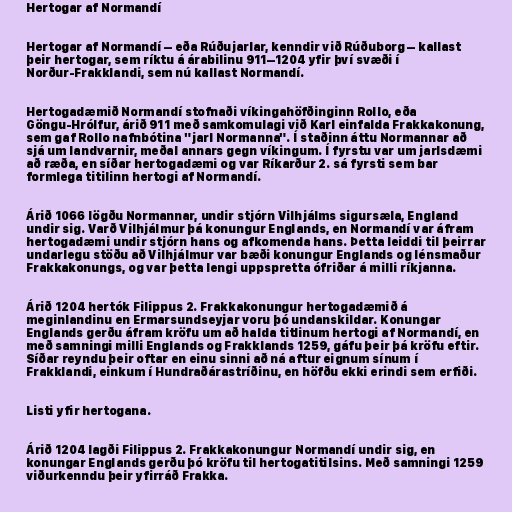
Hertogar af Normandí

Hertogar af Normandí – eða Rúðujarlar, kenndir við Rúðuborg – kallast
þeir hertogar, sem ríktu á árabilinu 911–1204 yfir því svæði í
Norður-Frakklandi, sem nú kallast Normandí.

Hertogadæmið Normandí stofnaði víkingahöfðinginn Rollo, eða
Göngu-Hrólfur, árið 911 með samkomulagi við Karl einfalda Frakkakonung,
sem gaf Rollo nafnbótina "jarl Normanna". Í staðinn áttu Normannar að
sjá um landvarnir, meðal annars gegn víkingum. Í fyrstu var um jarlsdæmi
að ræða, en síðar hertogadæmi og var Ríkarður 2. sá fyrsti sem bar
formlega titilinn hertogi af Normandí.

Árið 1066 lögðu Normannar, undir stjórn Vilhjálms sigursæla, England
undir sig. Varð Vilhjálmur þá konungur Englands, en Normandí var áfram
hertogadæmi undir stjórn hans og afkomenda hans. Þetta leiddi til þeirrar
undarlegu stöðu að Vilhjálmur var bæði konungur Englands og lénsmaður
Frakkakonungs, og var þetta lengi uppspretta ófriðar á milli ríkjanna.

Árið 1204 hertók Filippus 2. Frakkakonungur hertogadæmið á
meginlandinu en Ermarsundseyjar voru þó undanskildar. Konungar
Englands gerðu áfram kröfu um að halda titlinum hertogi af Normandí, en
með samningi milli Englands og Frakklands 1259, gáfu þeir þá kröfu eftir.
Síðar reyndu þeir oftar en einu sinni að ná aftur eignum sínum í
Frakklandi, einkum í Hundraðárastríðinu, en höfðu ekki erindi sem erfiði.

Listi yfir hertogana.

Árið 1204 lagði Filippus 2. Frakkakonungur Normandí undir sig, en
konungar Englands gerðu þó kröfu til hertogatitilsins. Með samningi 1259
viðurkenndu þeir yfirráð Frakka.